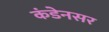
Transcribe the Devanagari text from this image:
कंडेनसर